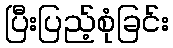
ပြီးပြည့်စုံခြင်း